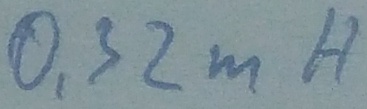
Text: 0,32mH